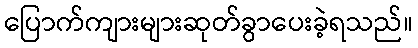
ပြောက်ကျားများဆုတ်ခွာပေးခဲ့ရသည်။